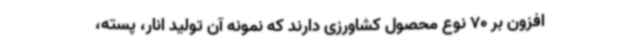
افزون بر 70 نوع محصول کشاورزی دارند که نمونه آن تولید انار، پسته،